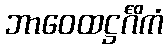
ဘာဝေထဋ္ဌင်္ဂိကံ